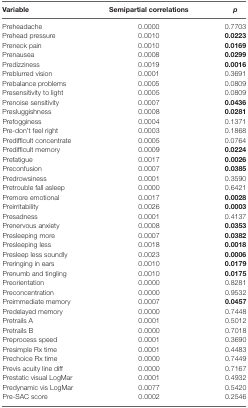
<table><thead><tr><td><b>Variable</b></td><td><b>Semipartial correlations</b></td><td><b><i>p</i></b></td></tr></thead><tbody><tr><td>Preheadache</td><td>0.0000</td><td>0.7703</td></tr><tr><td>Prehead pressure</td><td>0.0010</td><td><b>0.0223</b></td></tr><tr><td>Preneck pain</td><td>0.0010</td><td><b>0.0169</b></td></tr><tr><td>Prenausea</td><td>0.0008</td><td><b>0.0299</b></td></tr><tr><td>Predizziness</td><td>0.0019</td><td><b>0.0016</b></td></tr><tr><td>Preblurred vision</td><td>0.0001</td><td>0.3691</td></tr><tr><td>Prebalance problems</td><td>0.0005</td><td>0.0809</td></tr><tr><td>Presensitivity to light</td><td>0.0005</td><td>0.0809</td></tr><tr><td>Prenoise sensitivity</td><td>0.0007</td><td><b>0.0436</b></td></tr><tr><td>Presluggishness</td><td>0.0008</td><td><b>0.0281</b></td></tr><tr><td>Prefogginess</td><td>0.0004</td><td>0.1371</td></tr><tr><td>Pre-don’t feel right</td><td>0.0003</td><td>0.1868</td></tr><tr><td>Predifficult concentrate</td><td>0.0005</td><td>0.0764</td></tr><tr><td>Predifficult memory</td><td>0.0009</td><td><b>0.0224</b></td></tr><tr><td>Prefatigue</td><td>0.0017</td><td><b>0.0026</b></td></tr><tr><td>Preconfusion</td><td>0.0007</td><td><b>0.0385</b></td></tr><tr><td>Predrowsiness</td><td>0.0001</td><td>0.3590</td></tr><tr><td>Pretrouble fall asleep</td><td>0.0000</td><td>0.6421</td></tr><tr><td>Premore emotional</td><td>0.0017</td><td><b>0.0028</b></td></tr><tr><td>Preirritability</td><td>0.0026</td><td><b>0.0003</b></td></tr><tr><td>Presadness</td><td>0.0001</td><td>0.4137</td></tr><tr><td>Prenervous anxiety</td><td>0.0008</td><td><b>0.0353</b></td></tr><tr><td>Presleeping more</td><td>0.0007</td><td><b>0.0382</b></td></tr><tr><td>Presleeping less</td><td>0.0018</td><td><b>0.0018</b></td></tr><tr><td>Presleep less soundly</td><td>0.0023</td><td><b>0.0006</b></td></tr><tr><td>Preringing in ears</td><td>0.0010</td><td><b>0.0179</b></td></tr><tr><td>Prenumb and tingling</td><td>0.0010</td><td><b>0.0175</b></td></tr><tr><td>Preorientation</td><td>0.0000</td><td>0.8281</td></tr><tr><td>Preconcentration</td><td>0.0000</td><td>0.9532</td></tr><tr><td>Preimmediate memory</td><td>0.0007</td><td><b>0.0457</b></td></tr><tr><td>Predelayed memory</td><td>0.0000</td><td>0.7448</td></tr><tr><td>Pretrails A</td><td>0.0001</td><td>0.5012</td></tr><tr><td>Pretrails B</td><td>0.0000</td><td>0.7018</td></tr><tr><td>Preprocess speed</td><td>0.0001</td><td>0.3690</td></tr><tr><td>Presimple Rx time</td><td>0.0001</td><td>0.4483</td></tr><tr><td>Prechoice Rx time</td><td>0.0000</td><td>0.7449</td></tr><tr><td>Previs acuity line diff</td><td>0.0000</td><td>0.7167</td></tr><tr><td>Prestatic visual LogMar</td><td>0.0001</td><td>0.4932</td></tr><tr><td>Predynamic vis LogMar</td><td>0.0077</td><td>0.5420</td></tr><tr><td>Pre-SAC score</td><td>0.0002</td><td>0.2546</td></tr></tbody></table>